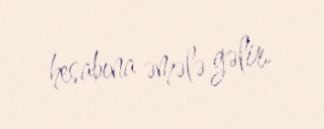
hesabına əmələ gəlir.